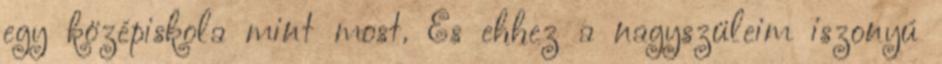
egy középiskola mint most. És ehhez a nagyszüleim iszonyú